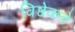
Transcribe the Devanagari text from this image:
विष्ठेकडे